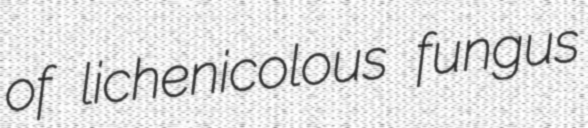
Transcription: of lichenicolous fungus